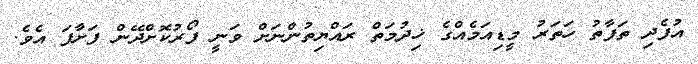
އުފެދި ތަފާތު ހަތަރު މީޑިއަމެއްގެ ޚިދުމަތް ރައްޔިތުންނަށް ވަނީ ފޯރުކޮށްދޭން ފަށާފަ އެވެ.